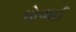
ધોવાઈ